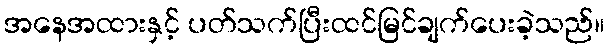
အနေအထားနှင့် ပတ်သက်ပြီးထင်မြင်ချက်ပေးခဲ့သည်။